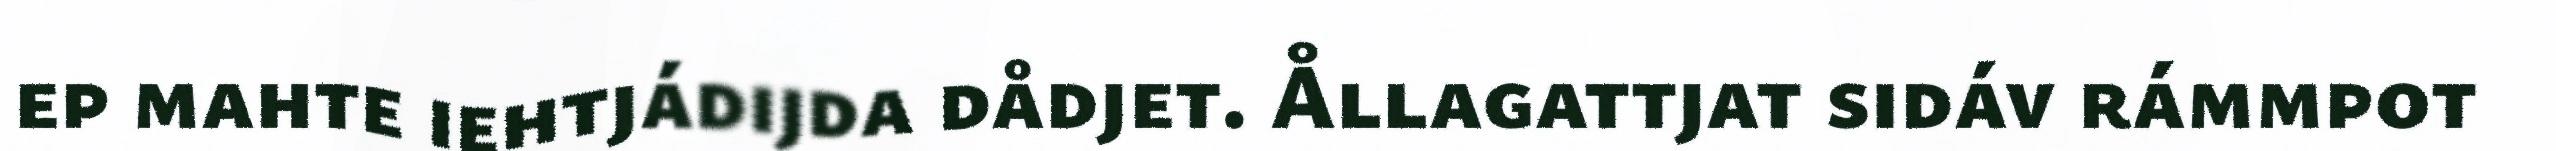
ep mahte iehtjádijda dådjet. Ållagattjat sidáv rámmpot